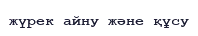
жүрек айну және құсу